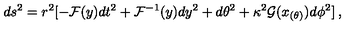
d s ^ { 2 } = r ^ { 2 } [ - { \cal F } ( y ) d t ^ { 2 } + { \cal F } ^ { - 1 } ( y ) d y ^ { 2 } + d \theta ^ { 2 } + \kappa ^ { 2 } { \cal { G } } ( x _ { ( \theta ) } ) d \phi ^ { 2 } ] \: ,